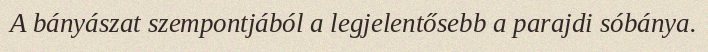
A bányászat szempontjából a legjelentősebb a parajdi sóbánya.